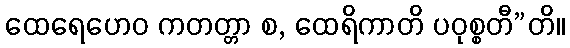
ထေရေဟေဝ ကတတ္တာ စ, ထေရိကာတိ ပဝုစ္စတီ”တိ။